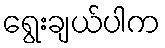
ရွေးချယ်ပါက